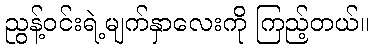
ညွန့်ဝင်းရဲ့မျက်နှာလေးကို ကြည့်တယ်။